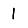
Digit: 1